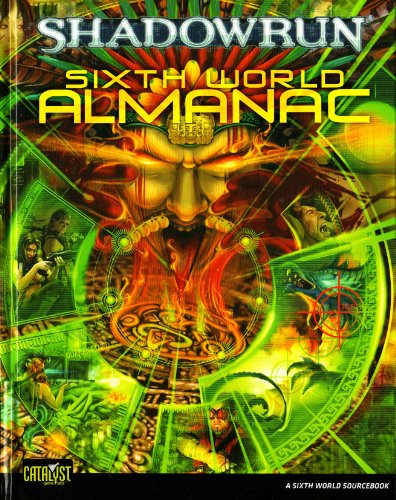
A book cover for Sixth World Almanac (Shadowrun (Catalyst Hardcover)); John Schmidt; Science Fiction & Fantasy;